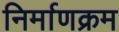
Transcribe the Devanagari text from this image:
निर्माणक्रम